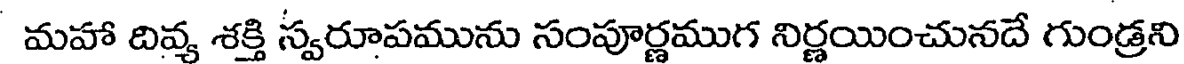
మహా దివ్య శక్తి స్వరూపమును సంపూర్ణముగ నిర్ణయించునదే గుండ్రని